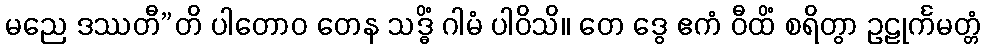
မညေ ဒဿတီ”တိ ပါတောဝ တေန သဒ္ဓိံ ဂါမံ ပါဝိသိ။ တေ ဒွေ ဧကံ ဝီထိံ စရိတွာ ဥဠုင်္ကမတ္တံ